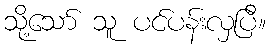
သို့သော် သူ ပင်ပန်းလှပြီ။